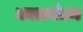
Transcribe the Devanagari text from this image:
कालबंधन